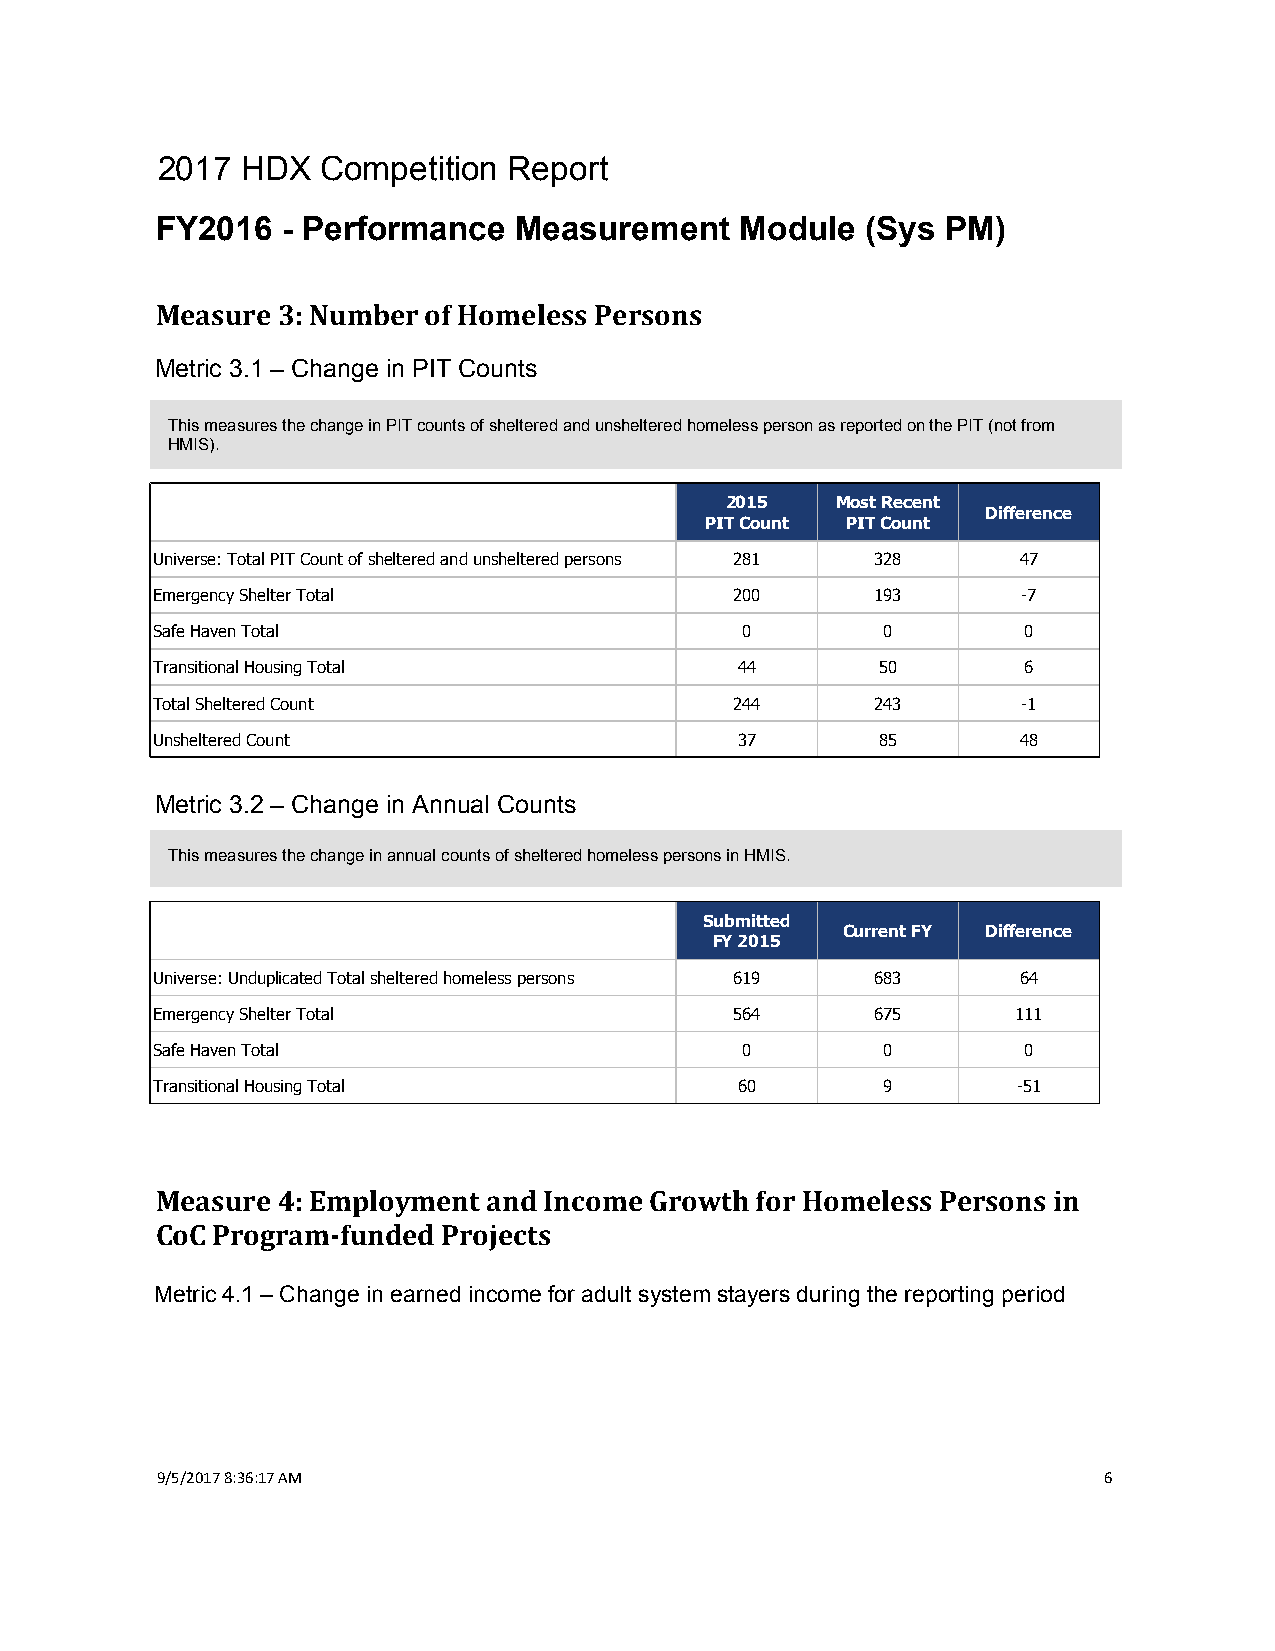
2017  HDX  Competition  Report
 FY2016   - Performance  Measurement    Module  (Sys  PM)
 Measure 3: Number of Homeless Persons
 Metric 3.1 – Change in PIT Counts
 This measures the change in PIT counts of sheltered and unsheltered homeless person as reported on the PIT (not from
 HMIS).
 2015   Most Recent
 Difference
 PIT Count PIT Count
 Universe: Total PIT Count of sheltered and unsheltered persons 281 328 47
 Emergency Shelter Total                200      193       -7
 Safe Haven Total                       0        0         0
 Transitional Housing Total             44       50        6
 Total Sheltered Count                  244      243       -1
 Unsheltered Count                      37       85        48
 Metric 3.2 – Change in Annual Counts
 This measures the change in annual counts of sheltered homeless persons in HMIS.
 Submitted
 Current FY Difference
 FY 2015
 Universe: Unduplicated Total sheltered homeless persons 619 683 64
 Emergency Shelter Total                564      675      111
 Safe Haven Total                       0        0         0
 Transitional Housing Total             60       9        -51
 Measure 4: Employment and Income Growth for Homeless Persons in
 CoC Program-funded Projects
 Metric 4.1 – Change in earned income for adult system stayers during the reporting period
 9/5/2017 8:36:17 AM                                            6